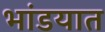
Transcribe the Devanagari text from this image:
भांडयात